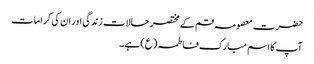
حضرت معصومہ قم کے مختصر حالات زندگی اور ان کی کرامات
آپ کا اسم مبارک فاطمہ(ع) ہے۔